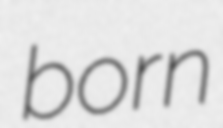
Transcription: born